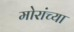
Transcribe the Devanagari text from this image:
मोरांच्या